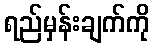
ရည်မှန်းချက်ကို